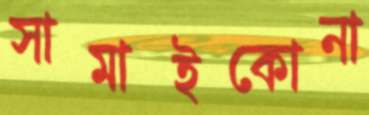
সামাইকোনা